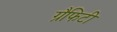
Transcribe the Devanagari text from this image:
ग्रैफिटी